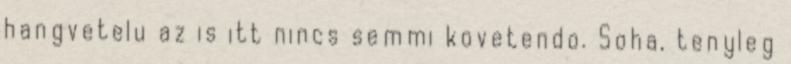
hangvetelu az is itt nincs semmi kovetendo. Soha, tenyleg